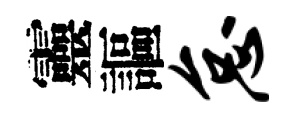
靈謳怠